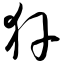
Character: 犴